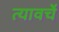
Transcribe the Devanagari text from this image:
त्यावर्चे